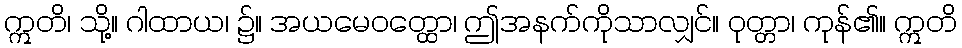
ဣတိ၊ သို့။ ဂါထာယ၊ ၌။ အယမေဝတ္ထော၊ ဤအနက်ကိုသာလျှင်။ ဝုတ္တာ၊ ကုန်၏။ ဣတိ